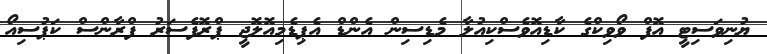
ޔުނިވަސިޓީ އޮފް ވޯވިކްގެ ކާޑިއޮވެސްކިއުލާ މެޑިސިން އެންޑް އެޕިޑެމިއޮލޮޖީ ޕްރޮފެސަރު ފްރާންސް ކަޕުސިއޯ